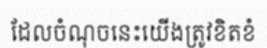
ដែលចំណុចនេះយើងត្រូវខិតខំ